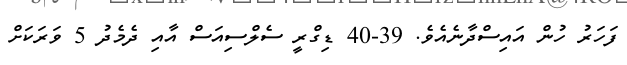
ފަހަރު ހުން އައިސްދާނެއެވެ. 39-40 ޑިގްރީ ސެލްސިއަސް އާއި ދެމެދު 5 ވަރަކަށް